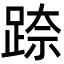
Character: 𮛢